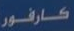
كارفور